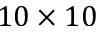
1 0 \times 1 0